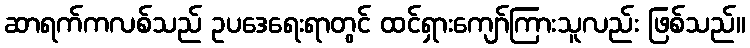
ဆာရက်ကလစ်သည် ဥပဒေရေးရာတွင် ထင်ရှားကျော်ကြားသူလည်း ဖြစ်သည်။